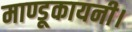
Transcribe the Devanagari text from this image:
माण्डूकायनी।